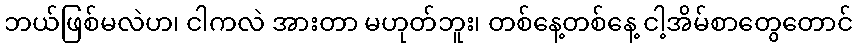
ဘယ်ဖြစ်မလဲဟ၊ ငါကလဲ အားတာ မဟုတ်ဘူး၊ တစ်နေ့တစ်နေ့ ငါ့အိမ်စာတွေတောင်